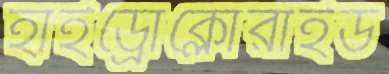
হাইড্রোক্লোরাইড